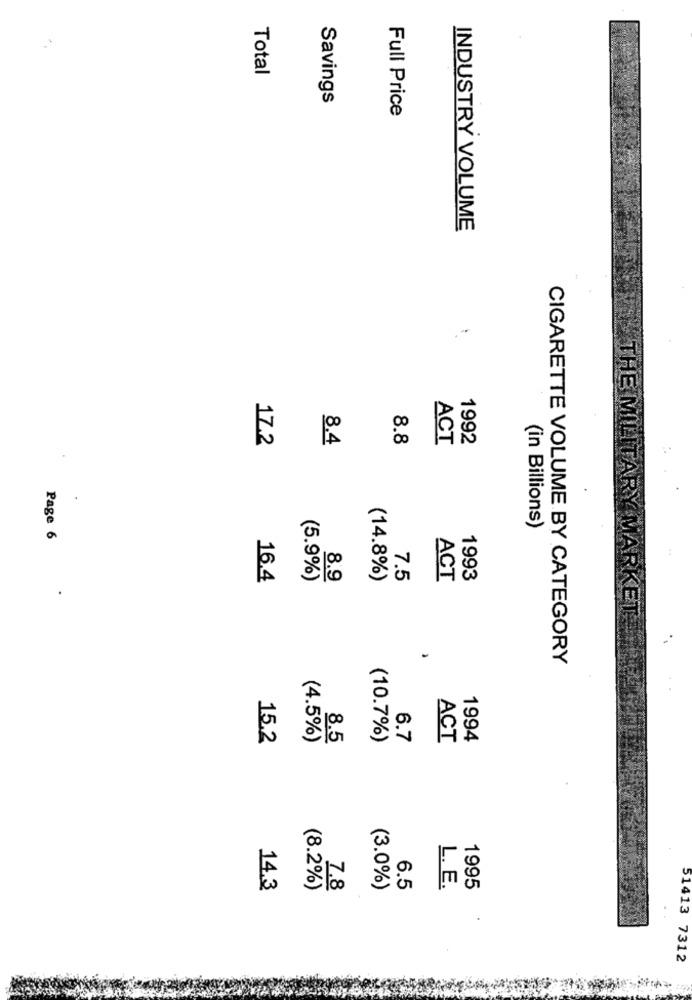
Total
Savings
Full Price
INDUSTRY VOLUME
TI
17.2
8.4
8.8
1992
ACT
(in Billions)
Page 6
16.4
(5.9%)
8.9
(14.8%)
7.5
ACT
1993
-
CIGARETTE VOLUME BY CATEGORY
15.2
(4.5%)
8.5
(10.7%)
6.7
ACT
1994
14.3
(8.2%)
7.8
(3.0%)
6.5
L. E.
1995
51413 7312